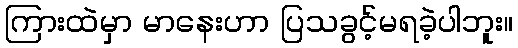
ကြားထဲမှာ မာနေးဟာ ပြသခွင့်မရခဲ့ပါဘူး။